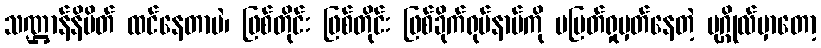
သဏ္ဌာန်နိမိတ် ထင်နေတာပဲ၊ ဖြစ်တိုင်း ဖြစ်တိုင်း ဖြစ်ခိုက်ရုပ်နာမ်ကို မပြတ်ရှုမှတ်နေတဲ့ ပုဂ္ဂိုလ်မှာတော့